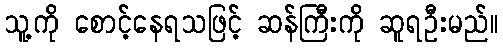
သူ့ကို စောင့်နေရသဖြင့် ဆန်ကြီးကို ဆူရဦးမည်။